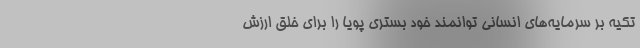
تکیه بر سرمایه‌های انسانی توانمند خود بستری پویا را برای خلق ارزش